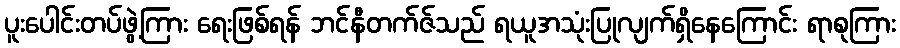
ပူးပေါင်းတပ်ဖွဲ့ကြား ရေးဖြစ်ရန် ဘင်နီတက်ဇ်သည် ရယူအသုံးပြုလျက်ရှိနေကြောင်း ရာစုကြား